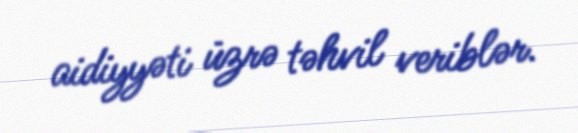
aidiyyəti üzrə təhvil veriblər.